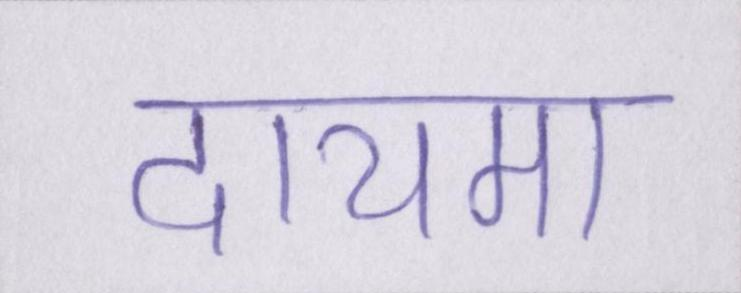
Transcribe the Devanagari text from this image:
दायमा